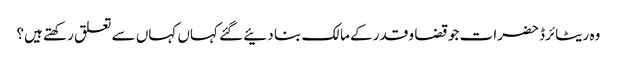
وہ ریٹائرڈ حضرات جو قضا و قدر کے مالک بنا دئیے گئے کہاں کہاں سے تعلق رکھتے ہیں؟